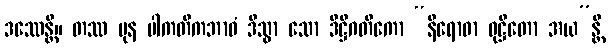
ဒဿေန္တိ။ တဿ ပုန ပါကတိကဘာဝံ ဒိသွာ သော ဒိဋ္ဌိဂတိကော “နိရောဓာ ဝုဋ္ဌိတော အယ”န္တိ